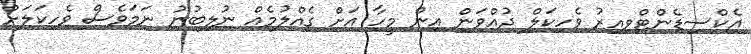
އެކްސިޑެންޓްވިއިރު ވެހިކަލް ދުއްވަން އިން މީހާ އަށް ގެއްލުމެއް ނުލިބުނު ނަމަވެސް ވެހިކަލަށް